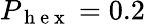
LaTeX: P_{\mathrm{~h~e~x~}}=0.2